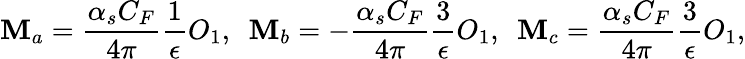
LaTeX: \mathbf{M}_{a}=\frac{{\alpha_{s}C_{F}}}{{4\pi}}\frac{{1}}{{\epsilon}}O_{1},\ \ \mathbf{M}_{b}=-\frac{{\alpha_{s}C_{F}}}{{4\pi}}\frac{{3}}{{\epsilon}}O_{1},\ \ \mathbf{M}_{c}=\frac{{\alpha_{s}C_{F}}}{{4\pi}}\frac{{3}}{{\epsilon}}O_{1},